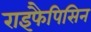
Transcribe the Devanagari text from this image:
राइफैपिसिन